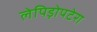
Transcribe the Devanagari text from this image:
लेपिड़ोपटेरा